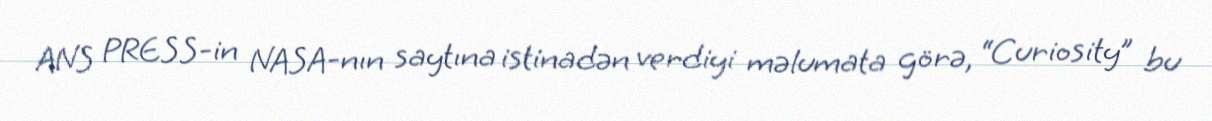
ANS PRESS-in NASA-nın saytına istinadən verdiyi məlumata görə, “Curiosity” bu